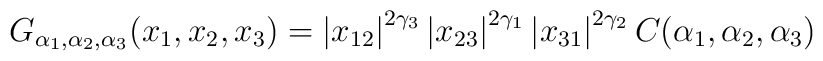
G_{\alpha_{1},\alpha_{2},\alpha_{3}}(x_{1},x_{2},x_{3})=\left|  x_{12}\right|^{2\gamma_{3}}\left|  x_{23}\right|  ^{2\gamma_{1}}\left|  x_{31}\right|^{2\gamma_{2}}C(\alpha_{1},\alpha_{2},\alpha_{3})